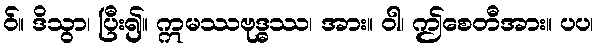
ဝ်။ ဒိသွာ၊ ပြီး၍။ ဣမဿဗုဒ္ဓဿ၊ အား။ ဝါ၊ ဤစေတီအား။ ပပ၊